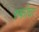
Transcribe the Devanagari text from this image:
रुफोचा